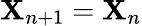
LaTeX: \mathbf{X}_{n+1}=\mathbf{X}_{n}